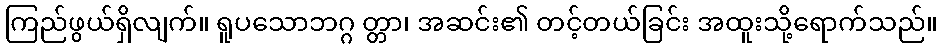
ကြည်ဖွယ်ရှိလျက်။ ရူပသောဘဂ္ဂ တ္တာ၊ အဆင်း၏ တင့်တယ်ခြင်း အထူးသို့ရောက်သည်။